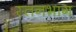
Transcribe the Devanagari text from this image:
स्तनभाग